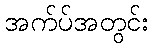
အက်ပ်အတွင်း